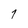
Character: 7